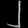
Digit: ၂